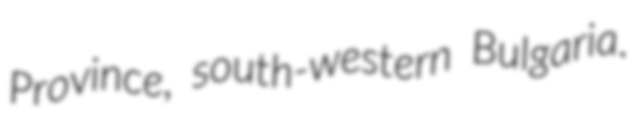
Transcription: Province, south-western Bulgaria.